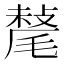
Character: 𣯷